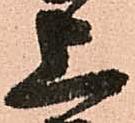
上